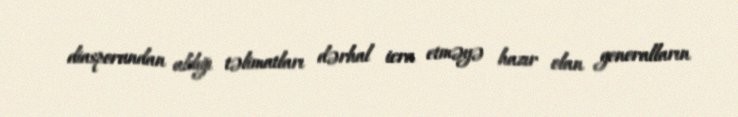
diasporundan aldığı təlimatları dərhal icra etməyə hazır olan generalların